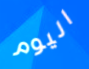
اليوم